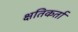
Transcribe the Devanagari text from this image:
क्षतिकर्ता